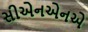
સીએનએનએ